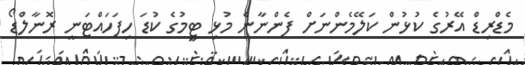
މެޑްރިޑް އޭރުގެ ކުޅުން ކަލޭމެންނަށް ފެންނާނެ މުޅި ޓީމުގެ ކުޑަ ހިފަހައްޓަނީ ރޮނާލްޑޯ